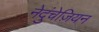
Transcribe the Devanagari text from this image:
नेदुंचेज़ियन